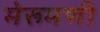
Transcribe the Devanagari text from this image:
मेरूमणी